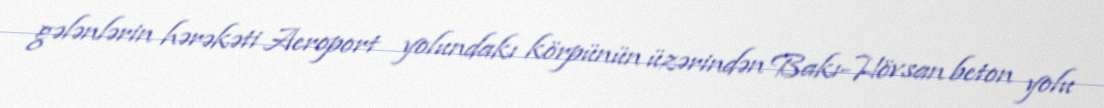
gələnlərin hərəkəti Aeroport yolundakı körpünün üzərindən Bakı-Hövsan beton yolu